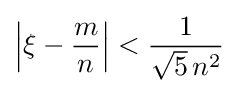
\left|\xi -{\frac {m}{n}}\right|<{\frac {1}{{\sqrt {5}}\,n^{2}}}